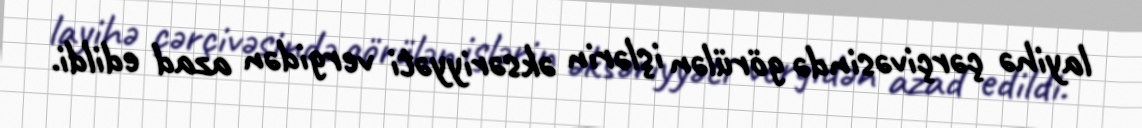
layihə çərçivəsində görülən işlərin əksəriyyəti vergidən azad edildi.